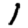
Digit: 1